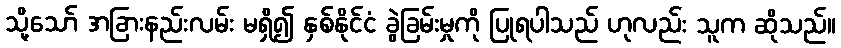
သို့သော် အခြားနည်းလမ်း မရှိ၍ နှစ်နိုင်ငံ ခွဲခြမ်းမှုကို ပြုရပါသည် ဟုလည်း သူက ဆိုသည်။